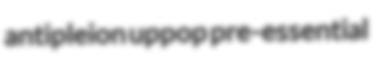
antipleion uppop pre-essential